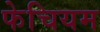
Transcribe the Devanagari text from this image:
फेचियम